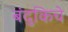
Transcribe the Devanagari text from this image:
बंदुकिचे